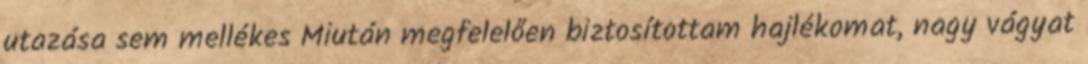
utazása sem mellékes Miután megfelelően biztosítottam hajlékomat, nagy vágyat